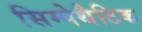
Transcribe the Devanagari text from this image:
सिम्पेथैटिक